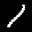
Label: 1